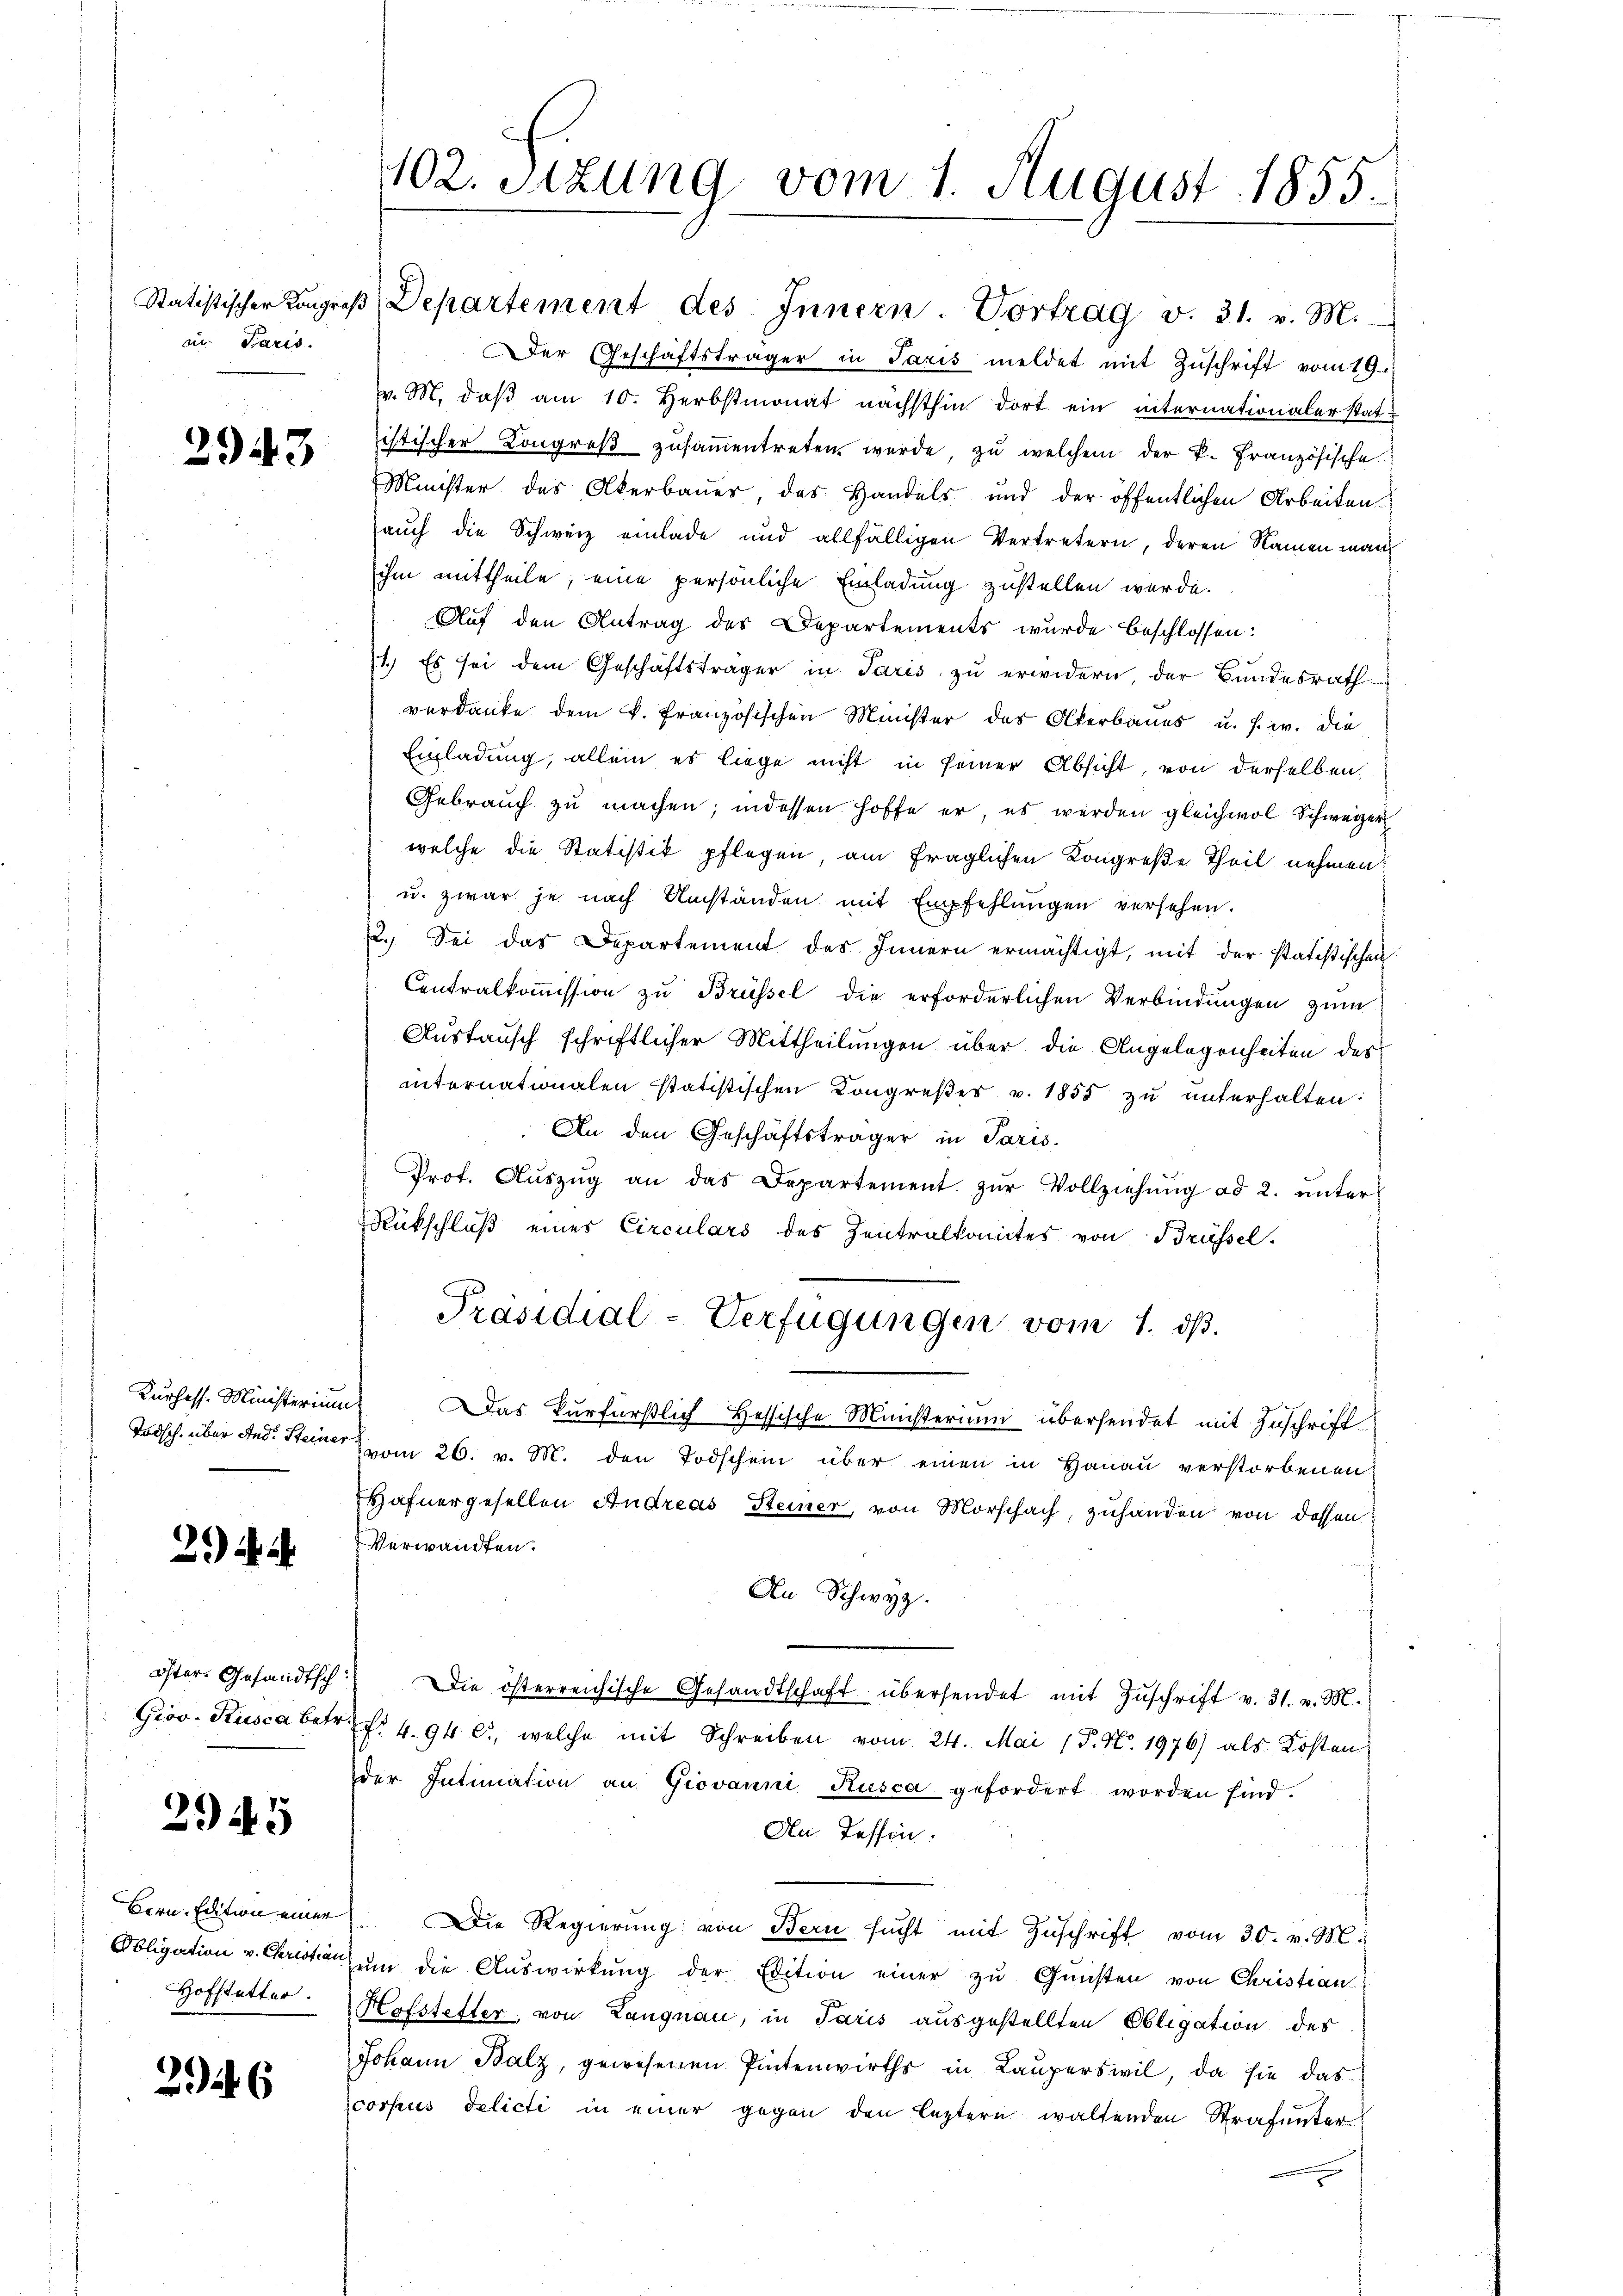
in Paris.

2943

2)

2945

Bern Edition einer
Obligation v. Christian
Hofstetter.

26

402. Sitzung vom 1. August 1855.

Statistischer Kongreß Departement des Innern. Vortrag v. 31. v. M.
Der Geschäftsträger in Paris meldet mit Zuschrift vom 19.
v. M. daβ am 10. Herbstmonat nächsthin dort ein internationalerstat-
istischer Kongreß zusammentreten werde, zu welchem der k. Französische
Minister des Akerbauer, das Handels und der öffentlichen Arbeiten
auch die Schweiz einlade und allfälligen Vertretern, deren Namen man
ihm mittheile, eine persönliche Einladung zustellen wurde.
Auf den Antrag des Departements wurde beschlossen:
1.) Es sei dem Geschäftsträger in Paris zu erwidern der Bundesrath
verdanke dem k. französischen Minister des Oberbaues u. s. w. die
Einladung, allein es liege nicht in seiner Absicht, von derselben,
Gebrauch zu machen; indessen hoffe er, es werden gleichwol Schweizer
welche die Statistik pflegen, am fraglichen Kongreße Theil nehmen
u. zwar je nach Umständen mit Empfehlungen versehen.
22. Sei das Departement des Innern ermächtigt, mit der statistischen
Centralkoṁission zu Brüssel die erforderlichen Verbindungen zum
Austausch schriftlicher Mittheilungen über die Angelegenheiten des
internationalen statistischen Kongreßes v. 1855 zŭ ŭnterhalten:
An den Geschäftsträger in Paris.
Prot. Aŭszŭg an das Departement zŭr Vollziehŭng ad 2. unter
Rückschluβ eines Circulars des Zentralkomites von Brüssel.
Präsidial-Verfügungen vom 1. ds.
Kurhess. Ministerium Das kurfürstlich Hessische Ministerium übersendet mit Zuschrift
Todsch. über And. Steiner vom 26. v. M. den Todschein über einen in Hanau verstorbenen
Hafnergesellen Andreas Steiner, von Morschach, zuhanden von dessen
Verwandten.
An Schwyz.
öster Gesandtsch. Die österreichische Gesandtschaft übersendet mit Zŭschrift v. 31. v. M.
Grov. Rusca betr. f. 4. 94 c., welche mit Schreiben vom 24. Mai (T. No. 1976) als Kosten
der Intimation an Giovanni Rusca gefordert worden sind.
An Tessin.
Die Regierŭng von Bern sŭcht mit Zŭschrift vom 30. v. M.
zum die Auswirkung der Edition einer zu Gunsten von Christian
Hofstetter, von Langnau, in Paris ausgestellten Obligation des
Johann Balz, gewesenen Pintenwirths in Lauperswil, da sie das
corpus delicti in einer gegen den leztern waltenden Strafunter